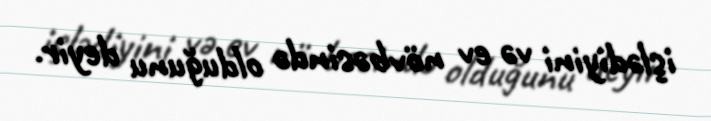
işlədiyini və ev növbəsində olduğunu deyir.